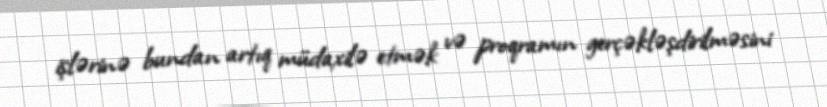
işlərinə bundan artıq müdaxilə etmək və proqramın gerçəkləşdirilməsini